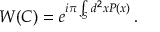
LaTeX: W ( C ) = e ^ { i \pi \int _ { S } d ^ { 2 } x P ( x ) } \, .